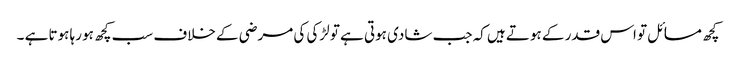
کچھ مسائل تو اس قدر کے ہوتے ہیں کہ جب شادی ہوتی ہے تو لڑکی کی مرضی کے خلاف سب کچھ ہو رہا ہوتا ہے ۔